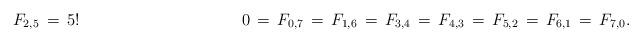
LaTeX: \begin{align*}F_{2,5}\,=\,5!\ \ \ \ \ \ \ \ \ \ \ \ \ \ \ \ \ \ \ \ \ \ \ \ \ \ \ \ \ \ 0\,=\,F_{0,7}\,=\,F_{1,6}\,=\,F_{3,4}\,=\,F_{4,3}\,=\,F_{5,2}\,=\,F_{6,1}\,=\,F_{7,0}.\end{align*}